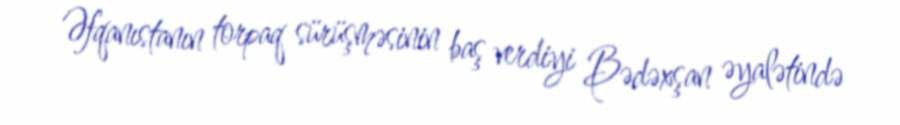
Əfqanıstanın torpaq sürüşməsinin baş verdiyi Bədəxşan əyalətində